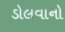
ડોલવાનો